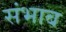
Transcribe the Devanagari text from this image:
संभाब